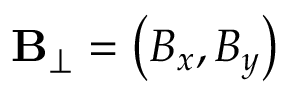
\mathbf { B } _ { \perp } = \left( B _ { x } , B _ { y } \right)